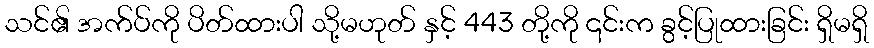
သင်၏ အက်ပ်ကို ပိတ်ထားပါ သို့မဟုတ် နှင့် 443 တို့ကို ၎င်းက ခွင့်ပြုထားခြင်း ရှိမရှိ